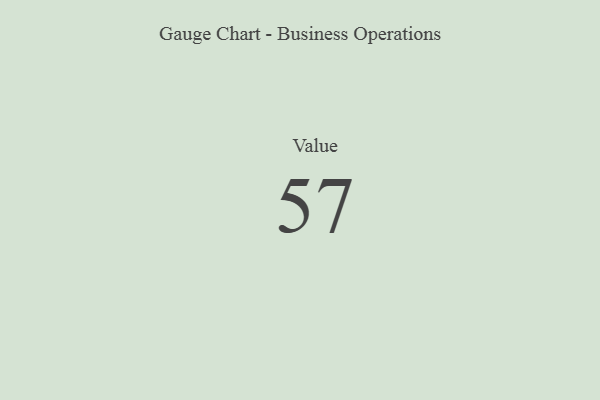
{"axis": {"x": "Metric", "y": "Value"}, "legend": [""], "data": [{"x": "Value", "y": 57, "type": ""}]}